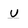
Character: U